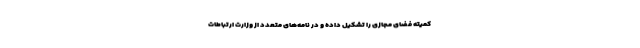
کمیته فضای مجازی را تشکیل داده و در نامه‌های متعدد از وزارت ارتباطات